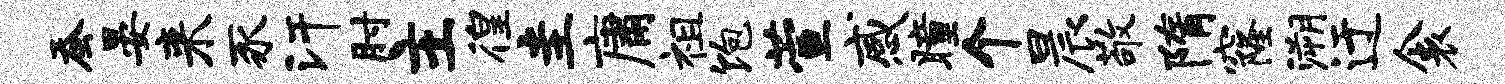
蚕晏来豕汗肘主徨圭庸祖饱萱感瞳个晨敬隋窿溯迂衾